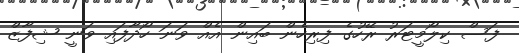
ފަސް ކިލޯމީޓަރު ރޭހުގެ ފިރިހެން ބައިން އެއް ވަނަ ހޯދާފައި ވަނީ ޝިފާޒް